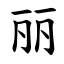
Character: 丽